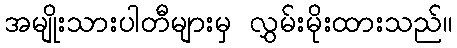
အမျိုးသားပါတီများမှ လွှမ်းမိုးထားသည်။